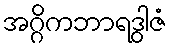
အဂ္ဂိကဘာရဒွါဇံ